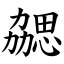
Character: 勰